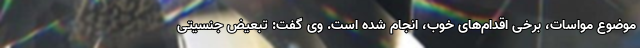
موضوع مواسات، برخی اقدام‌های خوب، انجام شده است. وی گفت: تبعیض جنسیتی